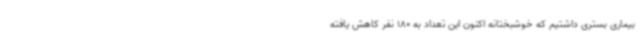
بیماری بستری داشتیم که خوشبختانه اکنون این تعداد به 180 نفر کاهش یافته